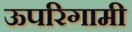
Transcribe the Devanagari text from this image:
ऊपरिगामी